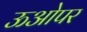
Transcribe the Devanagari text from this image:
ऊओपर